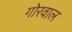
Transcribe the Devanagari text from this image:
गोरवाल